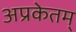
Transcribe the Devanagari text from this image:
अप्रकेतम्